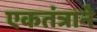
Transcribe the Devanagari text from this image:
एकतंत्राने